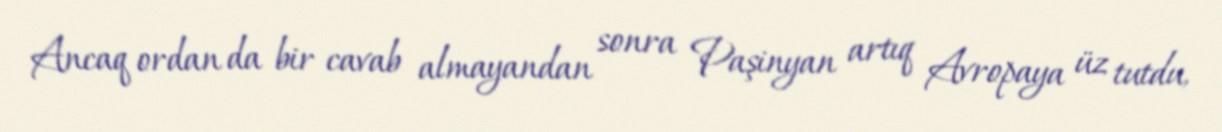
Ancaq ordan da bir cavab almayandan sonra Paşinyan artıq Avropaya üz tutdu,